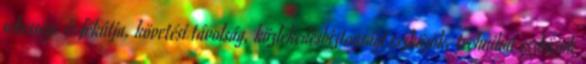
sebessége és fékútja, követési távolság, közlekedésbiztonsági eszközök, technikai eszközök